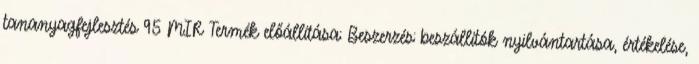
tananyagfejlesztés 95 MIR Termék előállítása: Beszerzés: beszállítók nyilvántartása, értékelése,